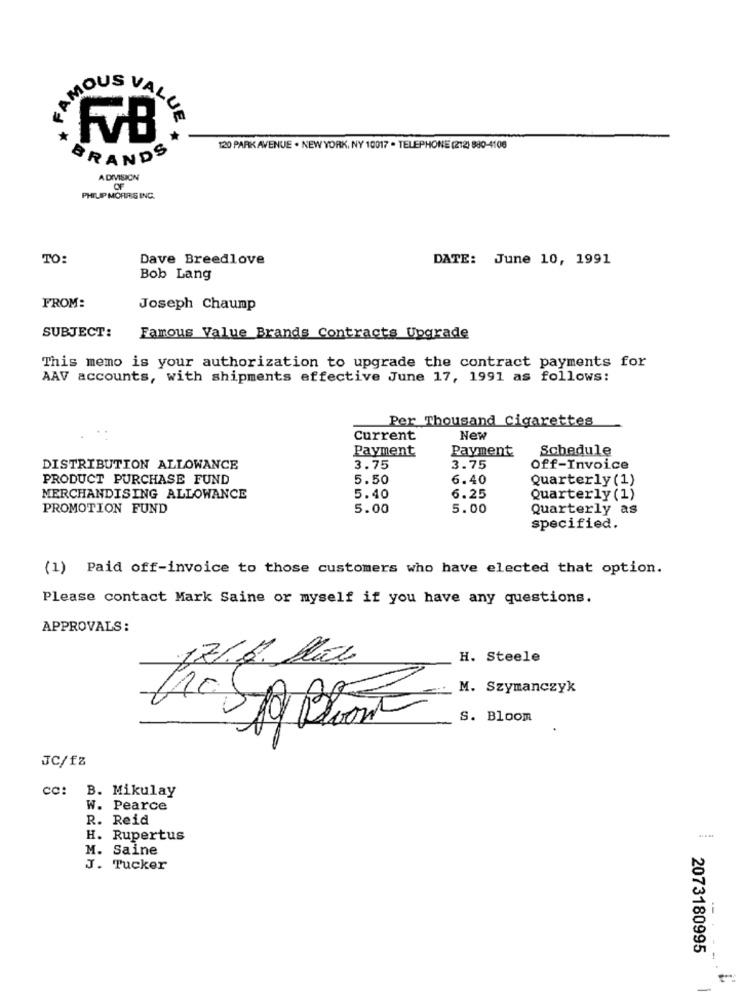
AMOUS VAL
UE
120 PARK AVENUE . NEW YORK, NY 10017 . TELEPHONE (212) 880-4106
GRANDS
A DIVISION
OF
PHILIP MORRIS ING.
TO:
Dave Breedlove
DATE: June 10, 1991
Bob Lang
FROM:
Joseph Chaump
SUBJECT:
Famous Value Brands Contracts Upgrade
This memo is your authorization to upgrade the contract payments for
AAV accounts, with shipments effective June 17, 1991 as follows:
Per Thousand Cigarettes
Current
New
Payment
Payment
Schedule
DISTRIBUTION ALLOWANCE
3.75
3.75
off-Invoice
PRODUCT PURCHASE FUND
5.50
6.40
Quarterly (1)
MERCHANDISING ALLOWANCE
5.40
6.25
Quarterly (1)
PROMOTION FUND
5.00
5.00
Quarterly as
specified.
(1) Paid off-invoice to those customers who have elected that option.
Please contact Mark Saine or myself if you have any questions.
APPROVALS:
H. Steele
M. Szymanczyk
S. Bloom
JC/fZ
cc: B. Mikulay
W. Pearce
R. Reid
H. Rupertus
M. Saine
J. Tucker
2073180995
-